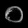
Digit: ၀